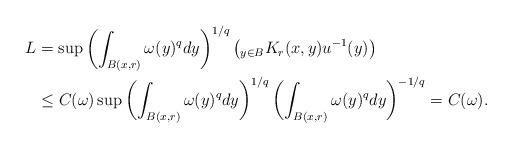
LaTeX: \begin{align*}L&=\sup \left( \int_{B(x,r)}\omega(y)^qdy \right)^{1/q}\left( _{y\in B}K_r(x,y)u^{-1}(y)\right)\\ &\leq C(\omega) \sup \left( \int_{B(x,r)}\omega(y)^qdy \right)^{1/q}\left(\int_{B(x,r)}\omega(y)^{q}dy\right)^{-1/q}=C(\omega).\end{align*}